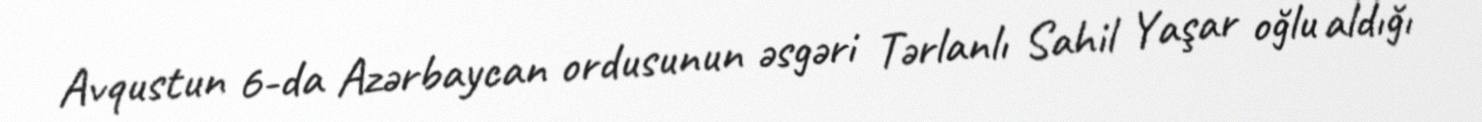
Avqustun 6-da Azərbaycan ordusunun əsgəri Tərlanlı Sahil Yaşar oğlu aldığı